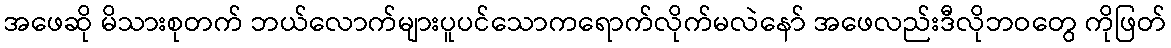
အဖေဆို မိသားစုတက် ဘယ်လောက်များပူပင်သောကရောက်လိုက်မလဲနော် အဖေလည်းဒီလိုဘဝတွေ ကိုဖြတ်